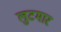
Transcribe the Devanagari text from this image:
लुटमार